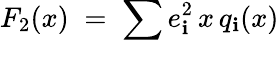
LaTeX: F_{2}(x)\; =\; \sum_{}{}e_{\mathbf{i}}^{2}\, x\, q_{\mathbf{i}}(x)